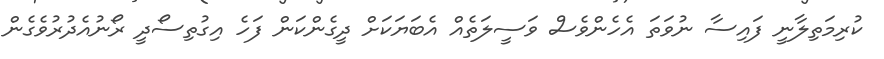
ކުރިމަތިލާނީ ފައިސާ ނުވަތަ އެހެންވެސް ވަސީލަތެއް އެބަޔަކަށް ދީގެންކަން ފަހެ އިގުތިސޯދީ ރޯނުއެދުރުވެގެން